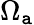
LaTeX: \Omega_{\mathtt{a}}